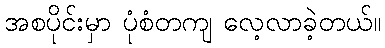
အစပိုင်းမှာ ပုံစံတကျ လေ့လာခဲ့တယ်။